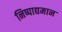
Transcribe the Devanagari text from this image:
निष्पाद्यमान